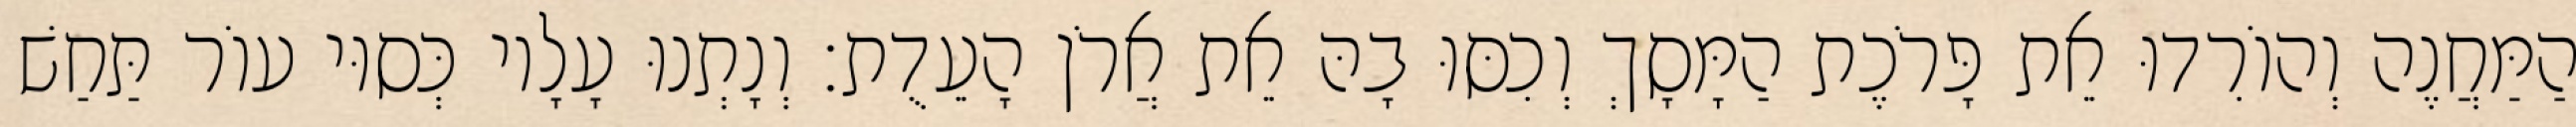
הַמַּחֲנֶה וְהוֹרִדוּ אֵת פָּרֹכֶת הַמָּסָךְ וְכִסּוּ בָהּ אֵת אֲרֹן הָעֵדֻת׃ וְנָתְנוּ עָלָיו כְּסוּי עוֹר תַּחַשׁ